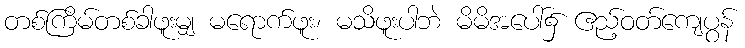
တစ်ကြိမ်တစ်ခါဖူးမျှ မရောက်ဖူး၊ မသိဖူးပါဘဲ မိမိအပေါ်၌ ဧည့်ဝတ်ကျေပွန်